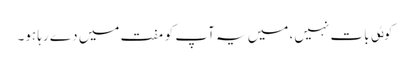
کوٸی بات نہیں، میں یہ آپ کو مفت میں دے رہا ہو۔